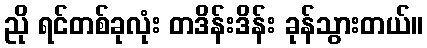
ညို ရင်တစ်ခုလုံး တဒိန်းဒိန်း ခုန်သွားတယ်။